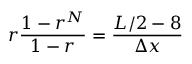
r \frac { 1 - r ^ { N } } { 1 - r } = \frac { L / 2 - 8 } { \Delta x }